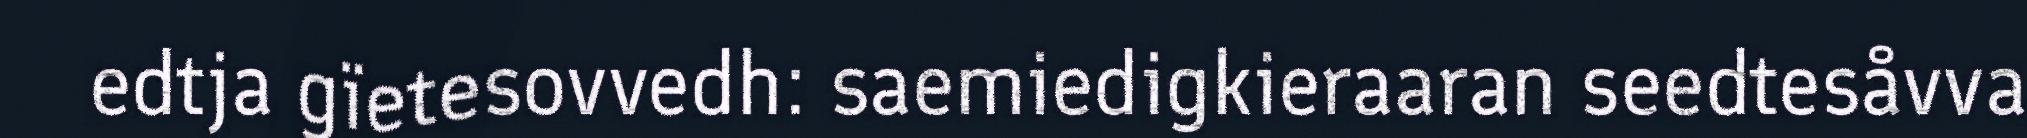
edtja gïetesovvedh: saemiedigkieraaran seedtesåvva